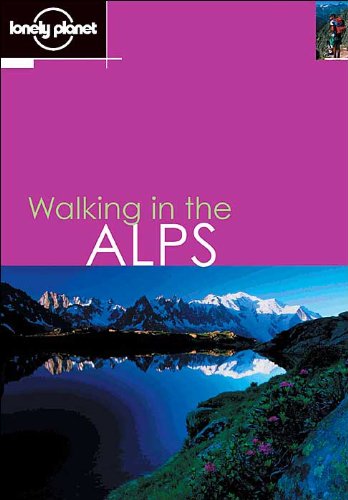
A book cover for Lonely Planet Walking in the Alps; Helen Fairbairn; Travel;